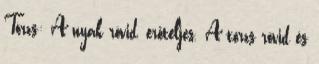
Törzs: A nyak rövid, erőteljes. A törzs rövid és